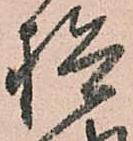
検